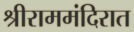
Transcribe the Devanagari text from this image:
श्रीराममंदिरात